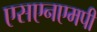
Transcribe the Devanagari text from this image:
एसएनएमपी